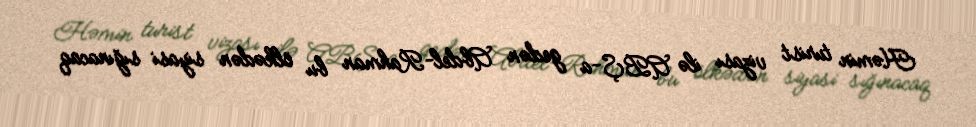
Həmin turist vizası ilə ABŞ-a gedən Abdel-Rahman bu ölkədən siyasi sığınacaq